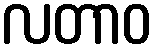
လတာဝ